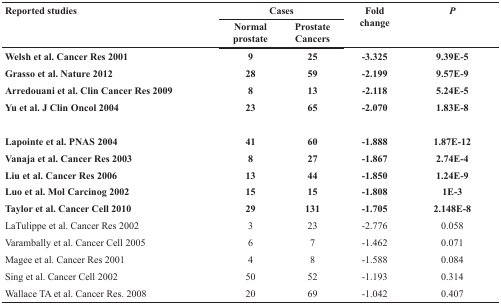
| <ROWSPAN=2> Reported studies | <COLSPAN=2> Cases | <ROWSPAN=2> Fold change | <ROWSPAN=2> P |
 | Normal prostate | Prostate Cancers |
 | --- | --- | --- | --- | --- |
 | Welsh et al. Cancer Res 2001 | 9 | 25 | −3.325 | 9.39E-5 |
 | Grasso et al. Nature 2012 | 28 | 59 | −2.199 | 9.57E-9 |
 | Arredouani et al. Clin Cancer Res 2009 | 8 | 13 | −2.118 | 5.24E-5 |
 | Yu et al. J Clin Oncol 2004 | 23 | 65 | −2.070 | 1.83E-8 |
 | Lapointe et al. PNAS 2004 | 41 | 60 | −1.888 | 1.87E-12 |
 | Vanaja et al. Cancer Res 2003 | 8 | 27 | −1.867 | 2.74E-4 |
 | Liu et al. Cancer Res 2006 | 13 | 44 | −1.850 | 1.24E-9 |
 | Luo et al. Mol Carcinog 2002 | 15 | 15 | −1.808 | 1E-3 |
 | Taylor et al. Cancer Cell 2010 | 29 | 131 | −1.705 | 2.148E-8 |
 | LaTulippe et al. Cancer Res 2002 | 3 | 23 | −2.776 | 0.058 |
 | Varambally et al. Cancer Cell 2005 | 6 | 7 | −1.462 | 0.071 |
 | Magee et al. Cancer Res 2001 | 4 | 8 | −1.588 | 0.084 |
 | Sing et al. Cancer Cell 2002 | 50 | 52 | −1.193 | 0.314 |
 | Wallace TA et al. Cancer Res. 2008 | 20 | 69 | −1.042 | 0.407 |